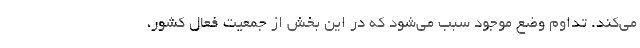
می‌کند. تداوم وضع موجود سبب می‌شود که در این بخش از جمعیت فعال کشور،